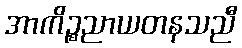
အာကိဉ္စညာယတနသညီ